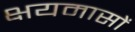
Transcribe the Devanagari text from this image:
क्षयमासों